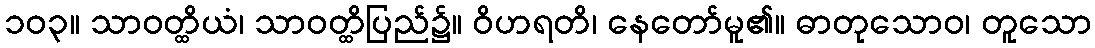
၁၀၃။ သာဝတ္ထိယံ၊ သာဝတ္ထိပြည်၌။ ဝိဟရတိ၊ နေတော်မူ၏။ ဓာတုသောဝ၊ တူသော